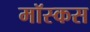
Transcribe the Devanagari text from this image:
मॉस्कस